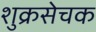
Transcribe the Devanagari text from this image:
शुक्रसेचक